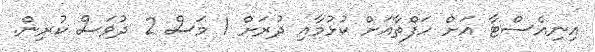
އިނިއެސްޓާ އަށް ހަފްތާއަށް ކުޅުމާއި ދުރަށް 1 މަސް 2 ދުވަސް ކުރިން.